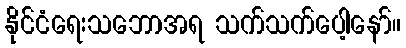
နိုင်ငံရေးသဘောအရ သက်သက်ပေါ့နော်။